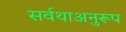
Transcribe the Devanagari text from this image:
सर्वथाअनुरूप